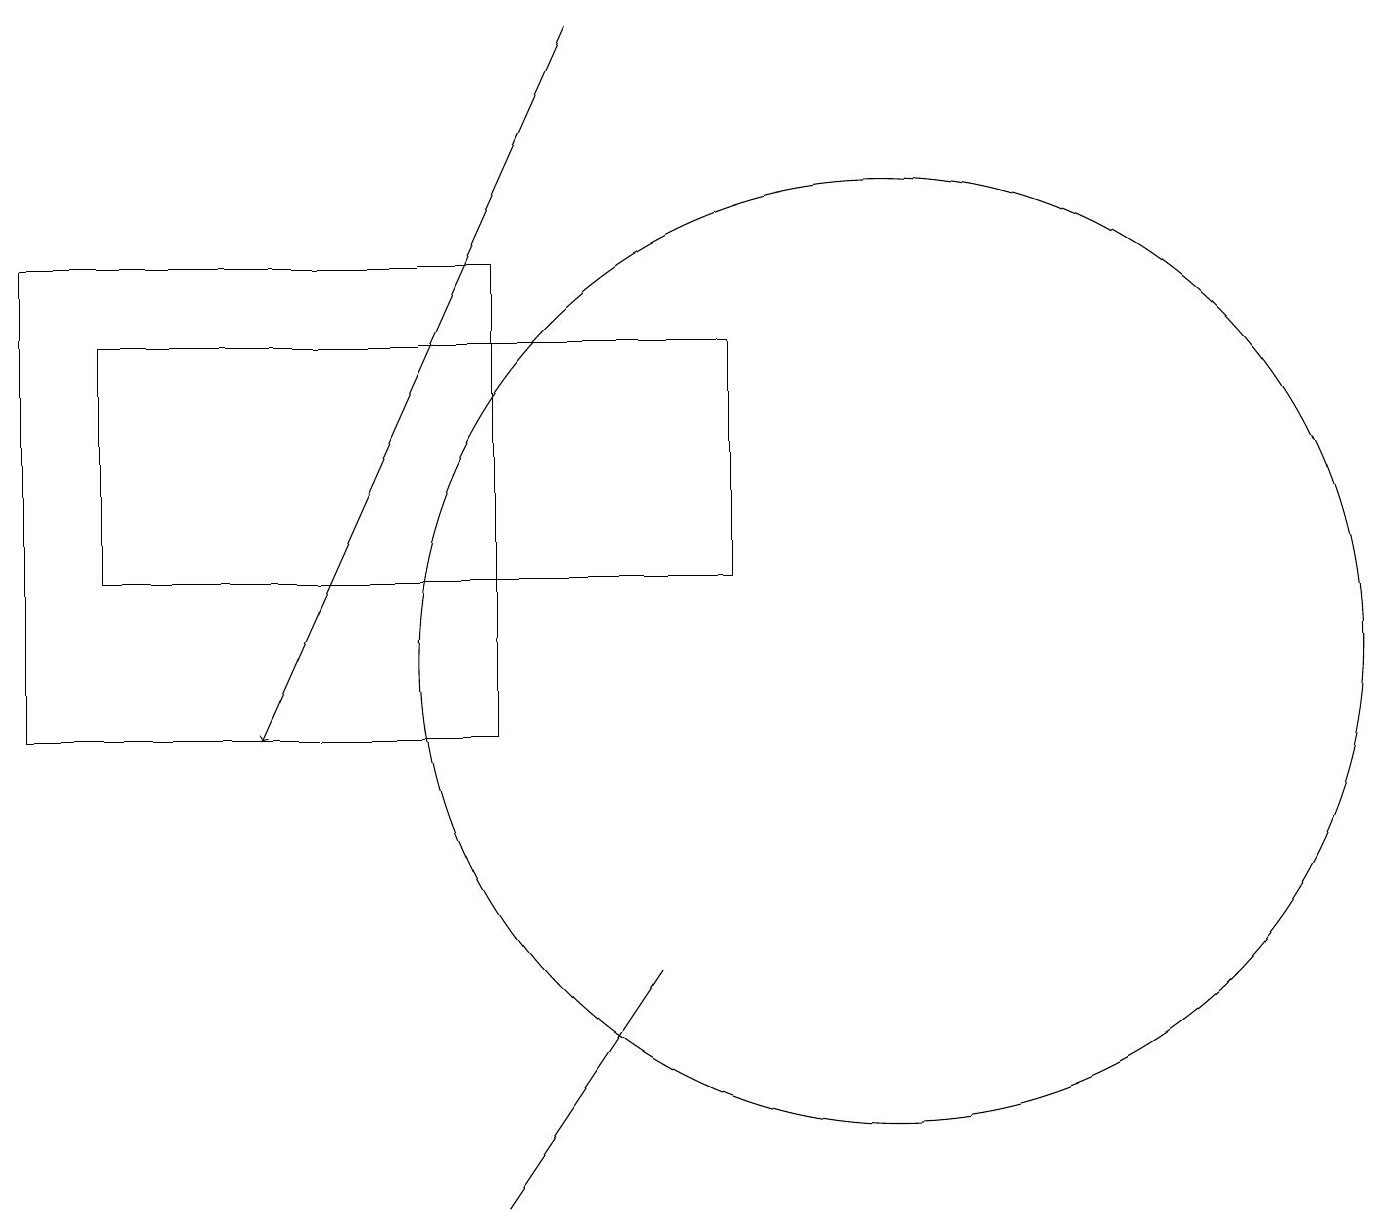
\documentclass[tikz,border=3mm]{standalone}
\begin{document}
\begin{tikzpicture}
\draw (11,11) circle (6);
\draw[->] (7,19) -- (3,10);
\draw (6,10) rectangle (0,16);
\draw (8,7) -- (6,4) -- (6,4) -- cycle;
\draw (9,12) rectangle (1,15);
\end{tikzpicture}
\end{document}